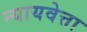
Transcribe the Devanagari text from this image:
न्यायवेत्ता